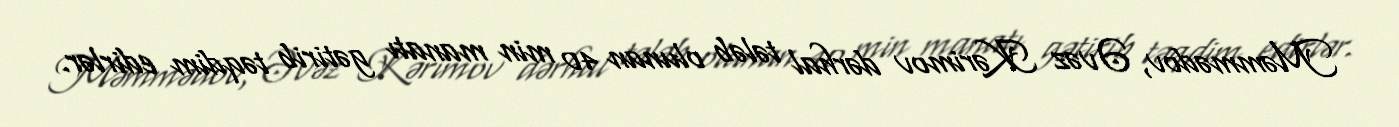
Məmmədov, Əvəz Kərimov dərhal tələb olunan 40 min manatı gətirib təqdim edirlər.